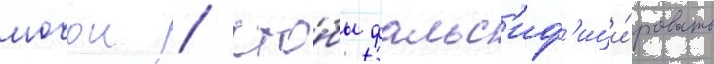
мочои / что́бы фальс'иф'ици́ровать